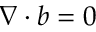
\nabla \cdot b = 0